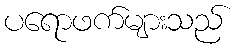
ပရောဖက်များသည်